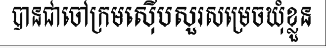
បានជាចៅក្រមស៊ើបសួរសម្រេចឃុំខ្លួន